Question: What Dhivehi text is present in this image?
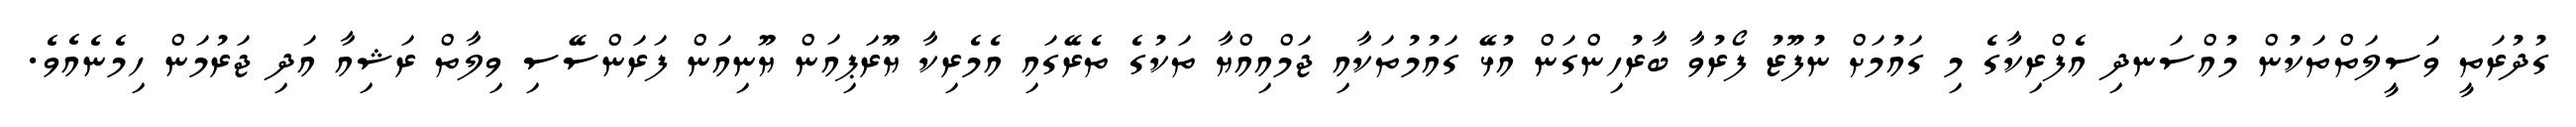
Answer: ގުދުރަތީ ވަސީލަތްތަކުން މުއްސަނދި އެފްރިކާގެ މި ގައުމަށް ނުފޫޒު ފޯރުވާ ބާރުހިންގަން އުޅޭ ގައުމުތަކާއި ޖަމްއިއްޔާ ތަކުގެ ތެރޭގައި އެމެރިކާ ޔޫރަޕިއަން ޔޫނިއަން ފަރަންސޭސި ވިލާތް ރަޝިއާ އަދި ޖަރުމަން ހިމެނެއެވެ.